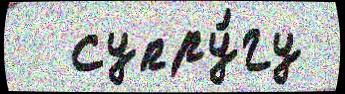
  супру́гу